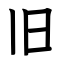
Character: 旧